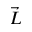
\vec { L }